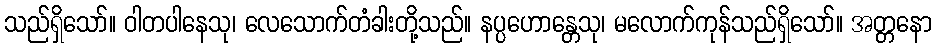
သည်ရှိသော်။ ဝါတပါနေသု၊ လေသောက်တံခါးတို့သည်။ နပ္ပဟောန္တေသု၊ မလောက်ကုန်သည်ရှိသော်။ အတ္တနော